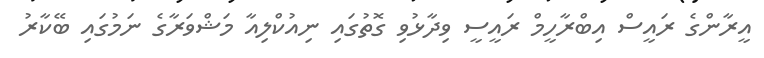
އީރާންގެ ރައީސް އިބްރާހީމް ރައީސީ ވިދާޅުވި ގޮތުގައި ނިއުކްލިއާ މަޝްވަރާގެ ނަމުގައި ބޭކާރު